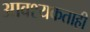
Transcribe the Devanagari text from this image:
आवश्यकताही